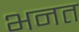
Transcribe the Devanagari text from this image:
भनत